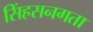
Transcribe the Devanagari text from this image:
सिंहसनगता